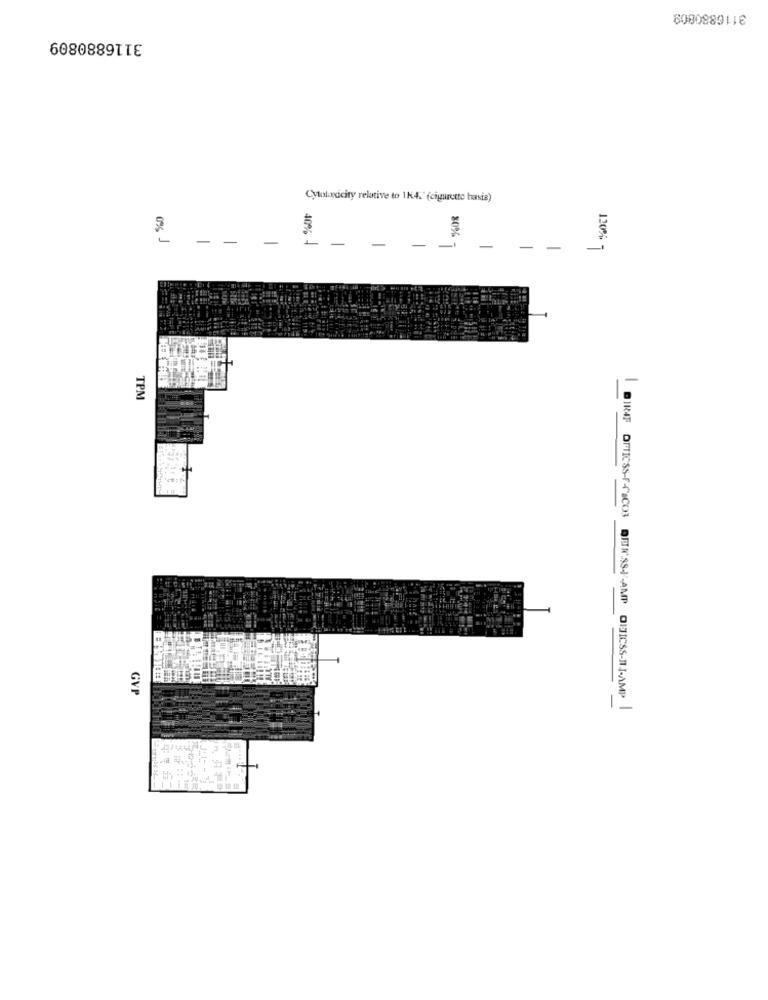
3116880809
3116880809
Cytolacity relative to 1k4."(cigrotto hasis)
0% )
--
-
40% -
-
-
80%
-
-
-
-
130%
TPM
BIRAT DETICSS-F-CACO3
GVI
DETK'SS -- AMP OIJICSS-IJ-AMP |